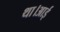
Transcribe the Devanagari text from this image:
था।आई